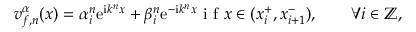
v _ { f , n } ^ { \alpha } ( x ) = \alpha _ { i } ^ { n } \mathrm { e } ^ { \mathrm { i } k ^ { n } x } + \beta _ { i } ^ { n } \mathrm { e } ^ { - \mathrm { i } k ^ { n } x } \mathrm { ~ i ~ f ~ } x \in ( x _ { i } ^ { + } , x _ { i + 1 } ^ { - } ) , \qquad \forall i \in \mathbb { Z } ,